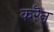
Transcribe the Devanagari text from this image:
करॆन